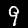
Digit: 9